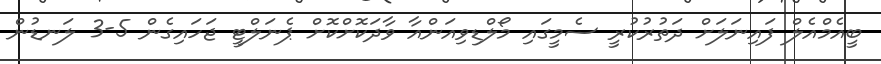
ބީއެމްއެލް ފައިނަލަށް ދަތުރުކުރީ ސެމީގައި މޯލްޑިވިއަންއާ ވާދަކޮށްކޮށް ޕެނަލްޓީ ޖަހައިގެން 5-3 ލަނޑުން